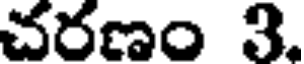
చరణం 3.